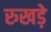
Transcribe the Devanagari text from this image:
रुखड़े